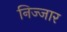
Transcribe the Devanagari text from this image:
निज्जार